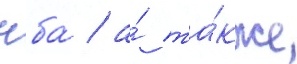
нба́ / а́ та́кже